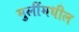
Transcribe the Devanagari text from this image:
मुलींमधील